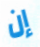
إن